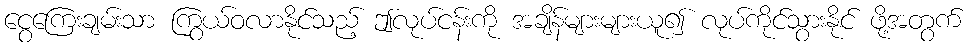
ငွေကြေးချမ်းသာ ကြွယ်ဝလာနိုင်သည့် ဤလုပ်ငန်းကို အချိန်များများယူ၍ လုပ်ကိုင်သွားနိုင် ဖို့အတွက်